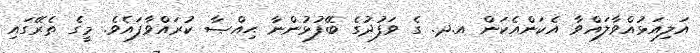
އަލިއަޅުއްވާލައްވާ އެކަންއެކަން އ.ދ. ގެ ވަފުދުގެ ބޭފުޅުންނާ ޙިއްޞާ ކުރައްވާފައެވެ. މީގެ ތެރޭގައި